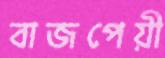
বাজপেয়ী